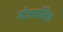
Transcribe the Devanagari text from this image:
यंत्रचलित